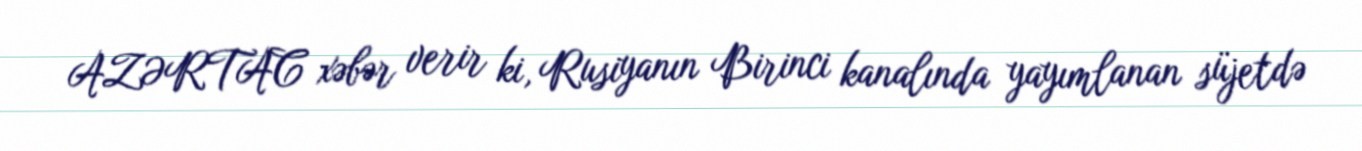
AZƏRTAC xəbər verir ki, Rusiyanın Birinci kanalında yayımlanan süjetdə